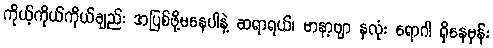
ကိုယ့်ကိုယ်ကိုယ်ချည်း အပြစ်ဖို့မနေပါနဲ့ ဆရာရယ်၊ မာနာ့ဗျာ နှလုံး ရောဂါ ရှိနေမှန်း